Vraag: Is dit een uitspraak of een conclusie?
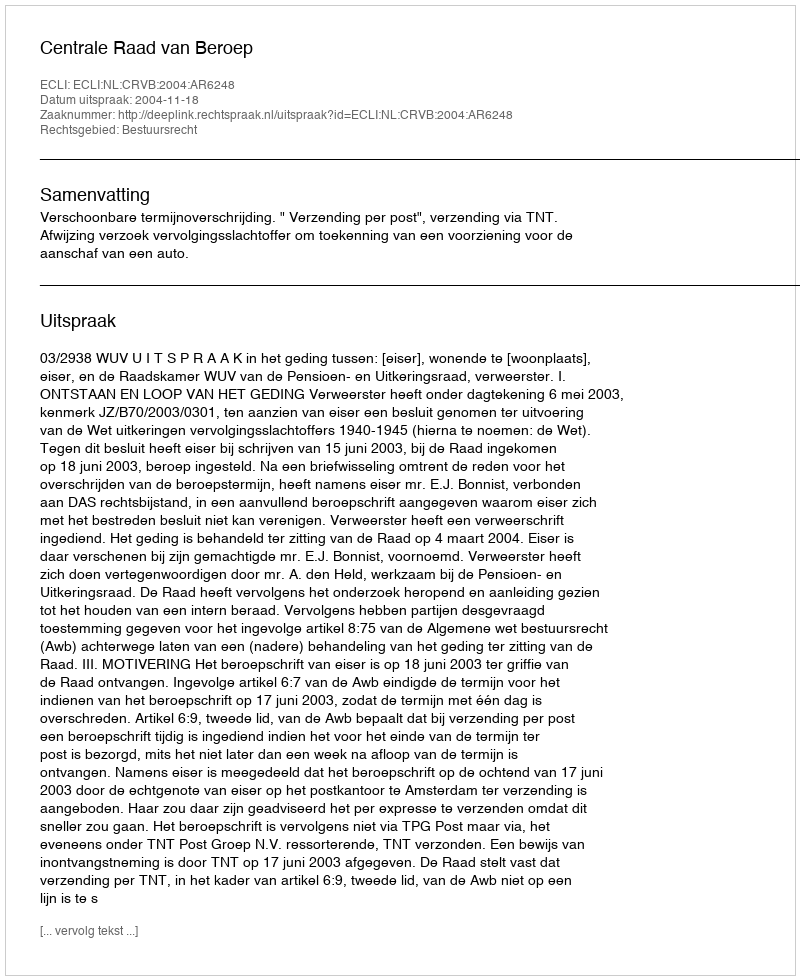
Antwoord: Uitspraak